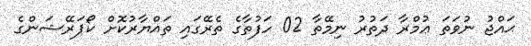
ޙައްޖު ނުވަތަ ޢުމްރާ ދަތުރު ނިމޭތާ 02 ހަފުތާގެ ތެރޭގައި ތައްޔާރުކޮށް ކޯޕަރޭޝަންގެ